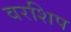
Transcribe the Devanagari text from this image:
वरशिप